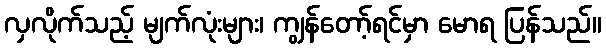
လှလိုက်သည့် မျက်လုံးများ၊ ကျွန်တော့်ရင်မှာ မောရ ပြန်သည်။